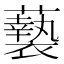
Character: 𮒸